Vaccination in Bombay 1863-1868 - 1863-1868
Year: 1863
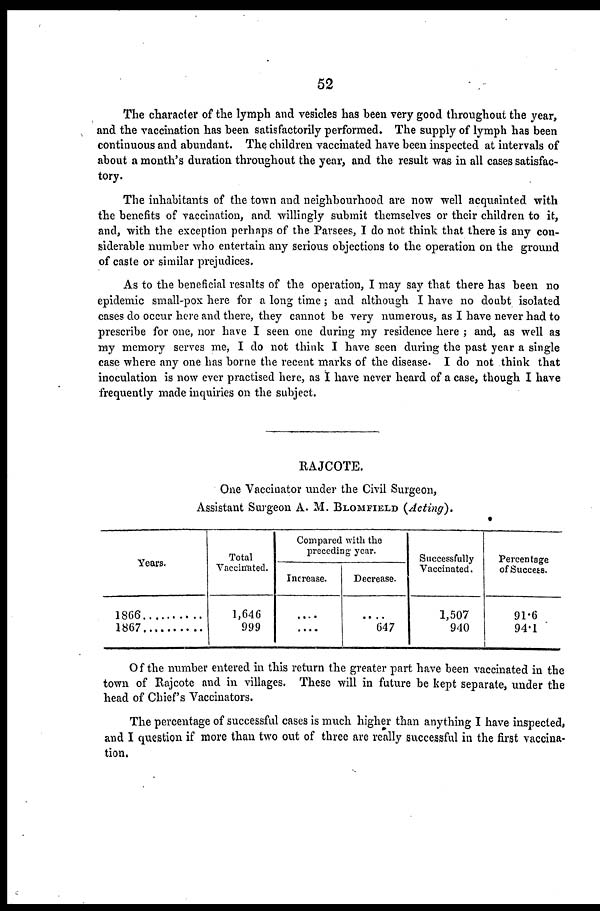
52
The character of the lymph and vesicles has been very good throughout the year,
and the vaccination has been satisfactorily performed. The supply of lymph has been
continuous and abundant. The children vaccinated have been inspected at intervals of
about a month's duration throughout the year, and the result was in all cases satisfac-
tory.
The inhabitants of the town and neighbourhood are now well acquainted with
the benefits of vaccination, and willingly submit themselves or their children to it,
and, with the exception perhaps of the Parsees, I do not think that there is any con-
siderable number who entertain any serious objections to the operation on the ground
of caste or similar prejudices.
As to the beneficial results of the operation, I may say that there has been no
epidemic small-pox here for a long time; and although I have no doubt isolated
cases do occur here and there, they cannot be very numerous, as I have never had to
prescribe for one, nor have I seen one during my residence here ; and, as well as
my memory serves me, I do not think I have seen during the past year a single
case where any one has borne the recent marks of the disease. I do not think that
inoculation is now ever practised here, as I have never heard of a case, though I have
frequently made inquiries on the subject.
RAJCOTE.
One Vaccinator under the Civil Surgeon,
Assistant Surgeon A. M. BLOMFIELD (Acting).
Years.
1866 .............
1867 ............
Total
Vaccinated.
1,646
999
Compared with the
preceding year.
Increase.
....
....
Decrease.
....
647
Successfully
Vaccinated.
1,507
940
Percentage
of Success.
91.6
94.1
Of the number entered in this return the greater part have been vaccinated in the
town of Rajcote and in villages. These will in future be kept separate, under the
head of Chief's Vaccinators.
The percentage of successful cases is much higher than anything I have inspected,
and I question if more than two out of three are really successful in the first vaccina-
tion.